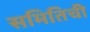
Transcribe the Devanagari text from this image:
समितिची